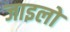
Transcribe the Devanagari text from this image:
जाइलो